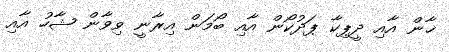
ޚާން އާއި ދީޕިކާ ޕަދުކޯން އާއި ބޯމަން އިރާނީ ވިވާން ޝާހު އާއި